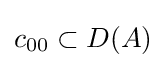
c_{00}\subset D(A)